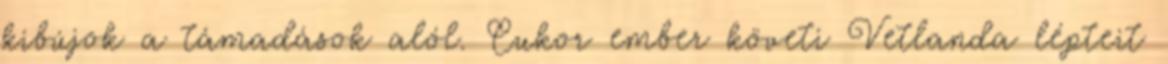
kibújok a támadások alól. Cukor ember követi Vetlanda lépteit